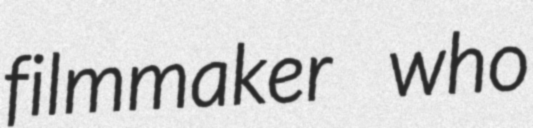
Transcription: filmmaker who